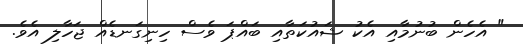
" އެހެން ބުނުމާއި އެކު ޝައުކަތާއި ބައްޕަ ވެސް ހިނިގަނޑެއް ޖަހާލި އެވެ.